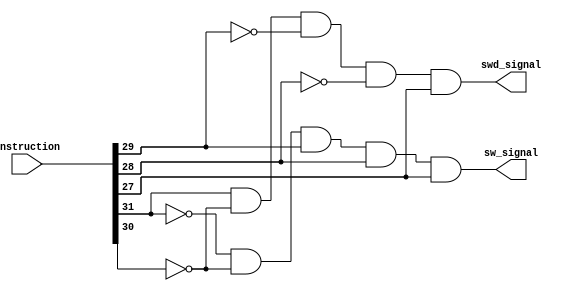
module control_memory(instruction,sw_signal,swd_signal);
	input[31:0] instruction;
	output sw_signal,swd_signal;
	
	//optaining the opcode and putting them in individual wires;
	wire A,B,C,D,E;
	assign A = instruction[31];
	assign B = instruction[30];
	assign C = instruction[29];
	assign D = instruction[28];
	assign E = instruction[27];
	
	assign sw_signal = ~A&~B&C&D&E;
	assign swd_signal = A&~B&~C&~D&E;

endmodule